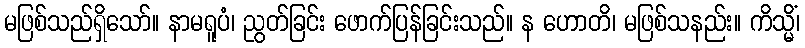
မဖြစ်သည်ရှိသော်။ နာမရူပံ၊ ညွတ်ခြင်း ဖောက်ပြန်ခြင်းသည်။ န ဟောတိ၊ မဖြစ်သနည်း။ ကိသ္မိံ၊